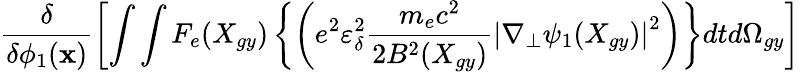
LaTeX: \frac{\delta}{\delta\phi_{1}(\textbf{x})}\left[\int\int F_{e}(X_{gy})\left\{ \left(e^{2}\varepsilon_{\delta}^{2}\frac{m_{e}c^{2}}{2B^{2}(X_{gy})}\left|\nabla_{\perp}\psi_{1}(X_{gy})\right|^{2}\right)\right\} dtd\Omega_{gy}\right]